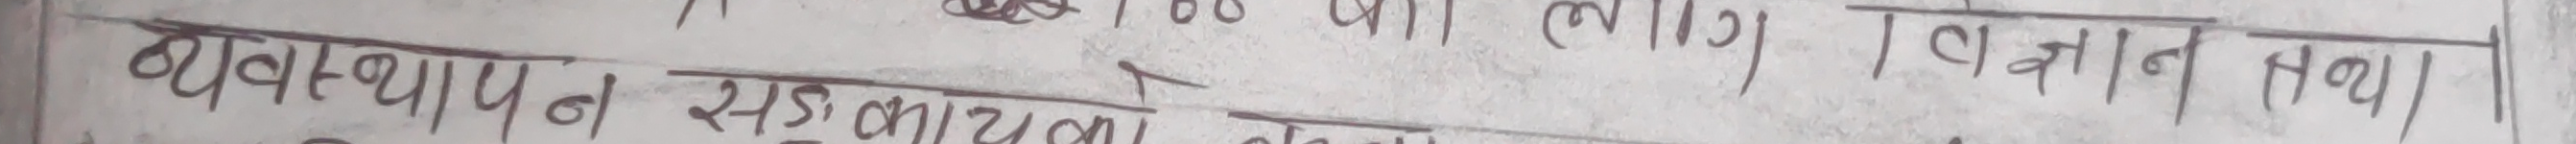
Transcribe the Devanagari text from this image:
१०० बा क. ला. ज्ञान न सेवा।
व्यवस्थापन सडक कार्य योजना तथा स्वास्थ्य